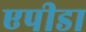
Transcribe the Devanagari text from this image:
एपीडा